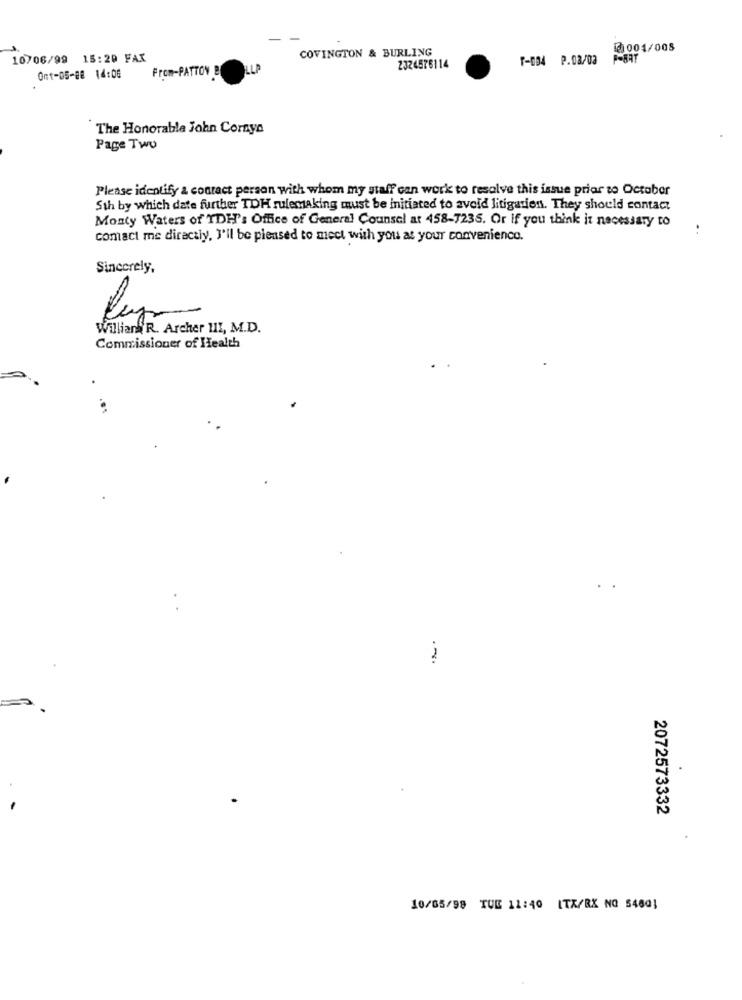
COVINGTON & BURLING
0001/008
10706/99 15:20 FAX
T-034 P.08/03
From-PATTON B
2324576114
Ont-05-88 14:06
`The Honorable John Cornyn
Page Two
Please identify & contact person with whom my staff can work to resolve this issue prior to October
Sth by which date further TOH rulemaking must be initiated to avoid litigation. They should contact
Monty Waters of TDH's Office of General Counsel at 458-7235. Or if you think it necessary to
..
comact me directly, I'll be pleased to mect with you at your convenience.
Sincerely,
Willian R. Archer III, M.D.
Commissioner of Health
2
2072573332
10/05/98 TUE 11:40 ITX/BX NO 5460}